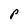
Character: P